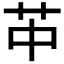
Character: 𦬕